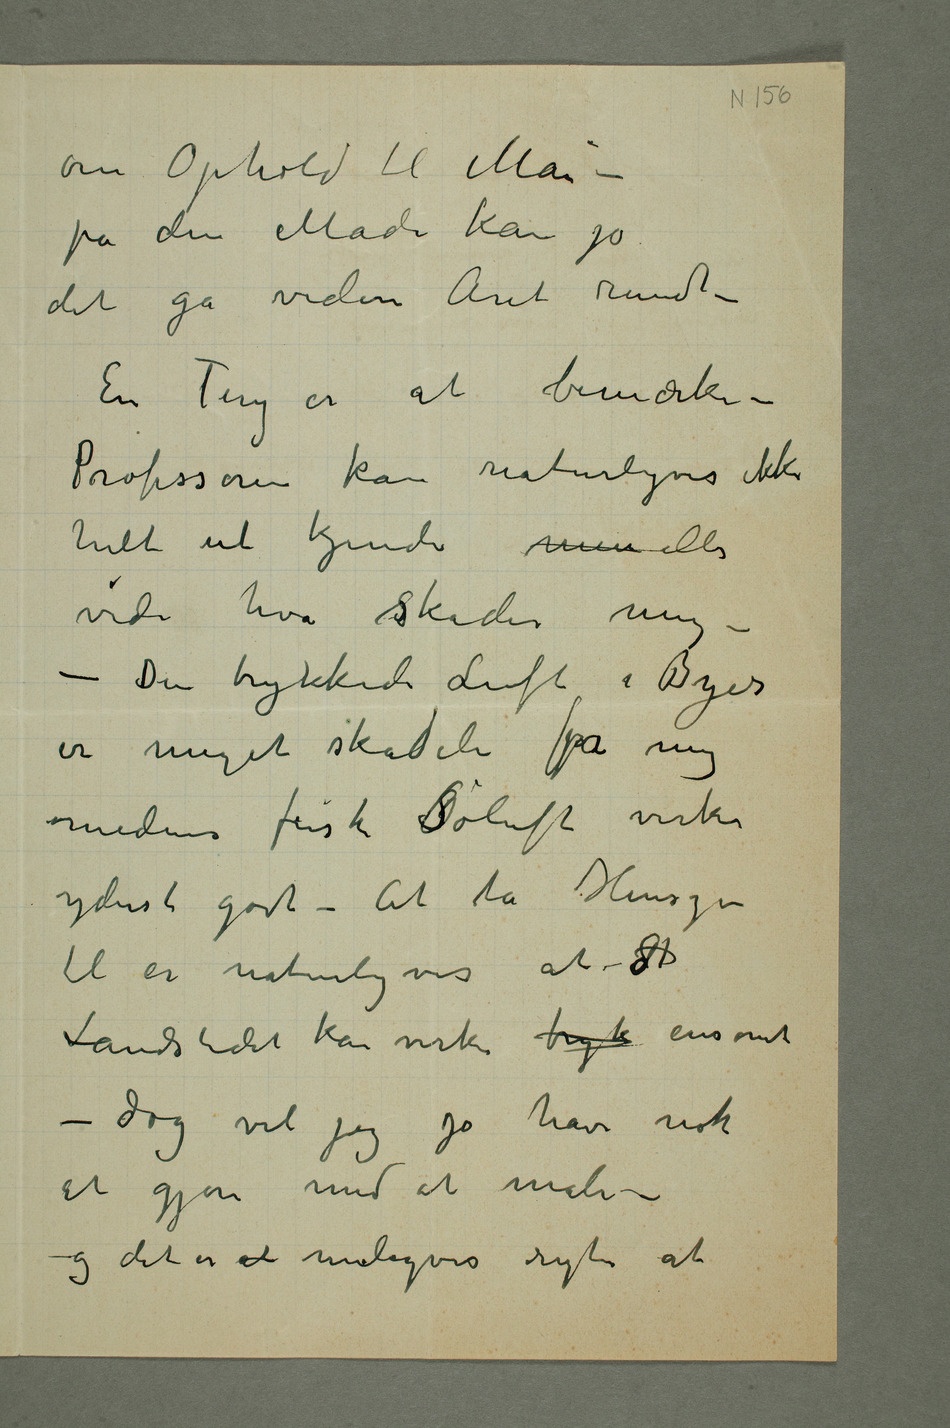
om Ophold til Mai –
på den Måde kan jo
det gå videre Året rundt –
En Ting er at bemærke –
Professoren kan naturligvis ikke
helt ut kjende mine eller
vide hva Sskader mig –
– Den trykkede Luft i Byer
er meget skadeli for mig
medens frisk Søluft virker
yderst godt – At ta Hensyn
Landstedet kan virke tryk ensomt –
dog vil jeg jo have nok
at gjøre med at male – –
og det er at muligvis rigti at